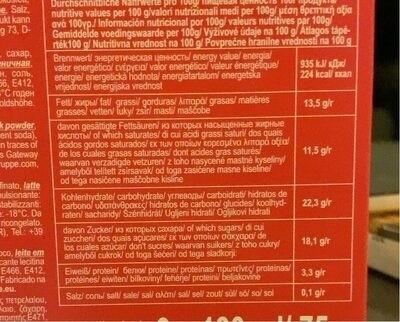
e Salz, ukt kann 1973, Dcaxap.
HUчHAR 1. соль 56, E412,
С годен oldshöhe
k powder, ent soda). in traces of sGateway uppe.com.
finato, latte ulsionante: stabilizzant -18°C. Da ricongelato R). Tel: +39
oco, leite em cante lecitina
E466, E412, Fabricado na .eu.
η πετρελαίου, Kaio, Cayapn moc E471
Durchschnittliche Nahin
pro 100g
nutritive values per 100 g/valori nutrizionali medi per 100g/ ptan 8pcmmch aţia avá 100yp./ Información nutricional por 100g/ valeurs nutritives par 100g Gemiddelde voedingswaarde per 100g/ Výživové údaje na 100 g/Atlagos tápérték 100 of Nutritivna vrednost na 100 g/ Povprečne hranilne vrednosti na 100 g Brennwert/ Hepreneckas Local energy valuel energial valor energéticol cvtpycal valor energético/ valeur énergétiquel energie energetická hodnota/ energiatartalom/ energetska vrijednost/ energijska vrednost
Felt/ xorpul fat/ grassi/ gorduras/ Amopol grasas/ matières grasses) vetten/ fuky/ zsir/ mastil maščobe
davon gosantigle Fettsaurend из которых насыщенные жирные XHCNOT of which saturates/ di cui acidi grassi saturi dos quais ácidos gordos saturados/ Ex Tuv omov Ropcaptva Amapá oftal de los cuales grasas saturadas/ dont acides gras saturés waarvan verzadigde vetzuren/ z toho nasycené mastné kyseliny amelyből telített zsirsavak/ od toga zasićene masne kiseline/ od tega nasičene maščobne kisline
Kohlenhydrate/ carbohydrate/ yrnesog/ carboidrati hidratos de carbonoludaráv@poxec/ hidrafos de carbonol glucides/ koolhydraten/sacharidy/ Szénhidrát/ Ugljeni hidrati/ Ogljikovi hidrati
davon Zucker/ 3 KOTopex caxapal of which sugars/ di cui zuccheril dos quais açucares/ Ek Tuv omoiuv očxxapa/ de los cuales azúcar don't sucres/ waarvan suikers/ z toho cukry amelyből cukrok/ od toga šećeri od tega sladkorj
Eiweiß/ protein/ 6enos proteinel proteinas/ mpuncivec/ proteinas/ protéines/ eiwiten/ bilkoviny! fehérjel proteini/ beljakovine
Salz com salt/ salel sal okm/ sall sell zout/ süll sól sol sol
935 kJ/ 224 kcall xan
13,5 g/r
11,5 g/r
22,3 g/r
18,1 g/r
3,3 gir
0,1 gir